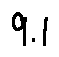
9 . 1